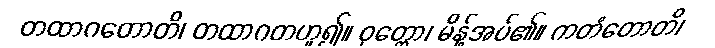
တထာဂတောတိ၊ တထာဂတဟူ၍။ ဝုတ္တော၊ မိန့်အပ်၏။ ကတံတောတိ၊